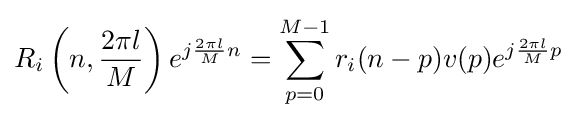
R_{i}\left(n,{\frac {2\pi l}{M}}\right)e^{j{\frac {2\pi l}{M}}n}=\sum _{p=0}^{M-1}r_{i}(n-p)v(p)e^{j{\frac {2\pi l}{M}}p}